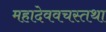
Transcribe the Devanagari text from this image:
महादेववचस्तथा